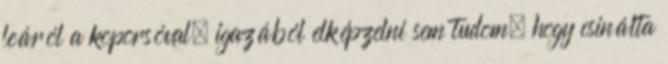
leáról a koporsóval. igazából elképzelni sem tudom, hogy csinálta